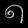
Digit: ၈